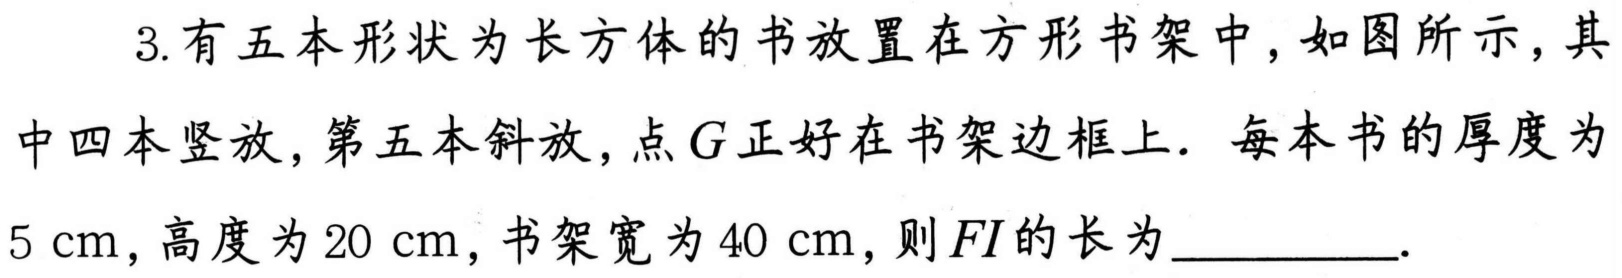
3. 有五本形状为长方体的书放置在方形书架中，如图所示，其中四本竖放，第五本斜放，点\(G\)正好在书架边框上. 每本书的厚度为\(5\mathrm{cm}\)，高度为\(20\mathrm{cm}\)，书架宽为\(40\mathrm{cm}\)，则\(FI\)的长为__________.